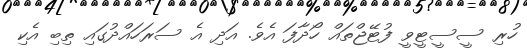
ހުރި ސީސީޓީވީ ފުޓޭޖްތައް ހޯދާފަ އެވެ. އަދި އެ ސަރަހައްދުގައި ތިބި އެކި